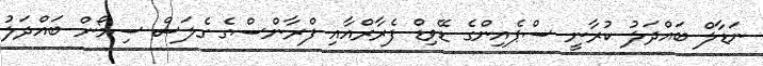
ނަޑާލް ބައްދަލު ކުރާނީ ސްޕެއިންގެ ޑޭވިޑް ފެރާރްއާއި ފްރާންސްގެ ގެލަސް ސިމޯން ބައްދަލު